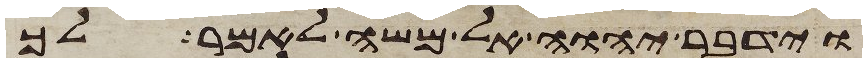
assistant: וידבר יהוה אל משה לאמר לך